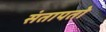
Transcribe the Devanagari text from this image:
संतापतो